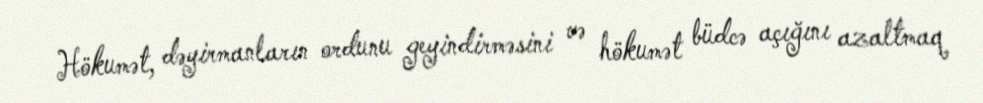
Hökumət, dəyirmanların ordunu geyindirməsini və hökumət büdcə açığını azaltmaq